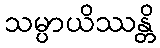
သမ္ပာယိဿန္တိ